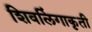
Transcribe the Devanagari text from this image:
शिवलिंगाकृती